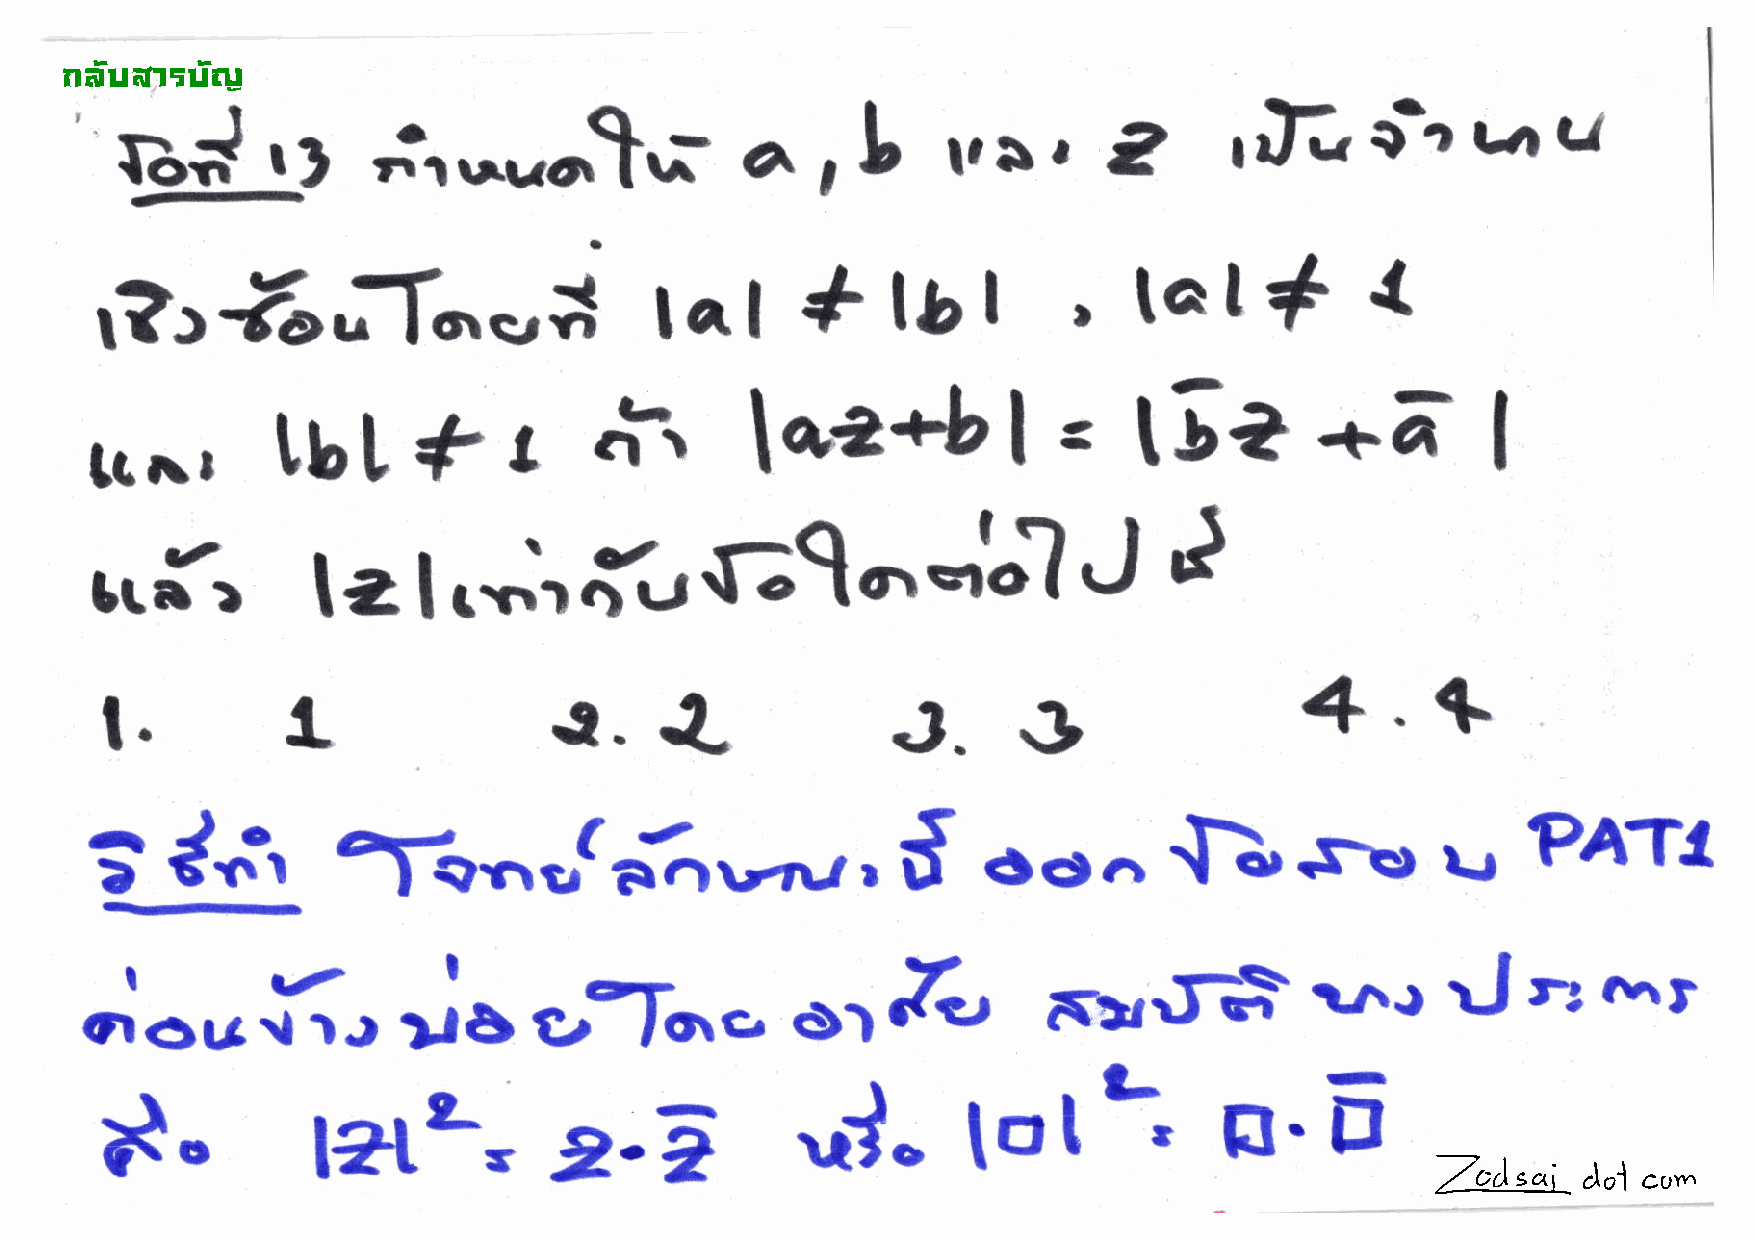
!"#$%&'$#(
 g*
 ,l
 ti..^,r-t--             a       l---rt       r  2                 o1     tzr  U
 ,b       lrs                rrl-_t'
 {
 *tal                  tatlt
 r?rfr,.T.-j                                                     ,
 lal
 t
 *
 o"i                                 t$a         -t'Z'
 rrrr        tb[                             loa<-$l
 =
 I
 nfr                                                                     J
 I.-."r;i,{"1^-LJJ
 te
 4.$
 l.          I                 {.     {              J.
 ..}
 of-qt
 f,   oo^         $.s\t              u    PATI
 3    C'.',
 ",(J..rnr,
 r€l                                                                           tru           t'
 golo.s            ol    &.l       su$'                       rJ        -r
 orou       {   rJ        b
 }f
 *.                                                       totl
 l?tL,            z-e            .,.1.                       tr'E